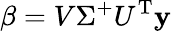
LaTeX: \beta=V\Sigma^{+}U^{\mathrm{{T}}}\mathbf{y}